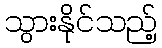
သွားနိုင်သည့်